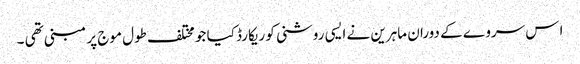
ا س سروے کے دوران ماہرین نے ایسی روشنی کو ریکارڈ کیا جو مختلف طول موج پر مبنی تھی ۔